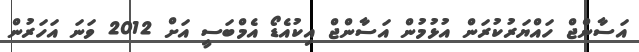
އަސާންޖް ހައްޔަރުކުރަން އުޅުމުން އަސާންޖް އިކުއެޑޯ އެމްބަަސީ އަށް 2012 ވަނަ އަހަރުން